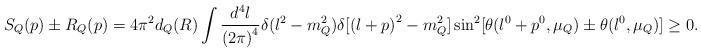
\begin{align*}S_Q(p)\pm R_Q(p)=4\pi^2d_Q(R)\int \frac{d^4l}{{(2\pi)}^4} \delta(l^2-m_Q^2)\delta[{(l+p)}^2-m_Q^2] \sin^2[\theta(l^0+p^0,\mu_Q)\pm \theta(l^0, \mu_Q)]\geq 0.\end{align*}